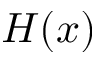
H ( x )